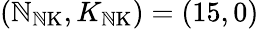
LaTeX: (\mathbb{N}_{\mathrm{{\mathbb{N}K}}},K_{\mathrm{{\mathbb{N}K}}})=(15,0)